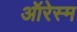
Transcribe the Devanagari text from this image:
ऑरेस्म